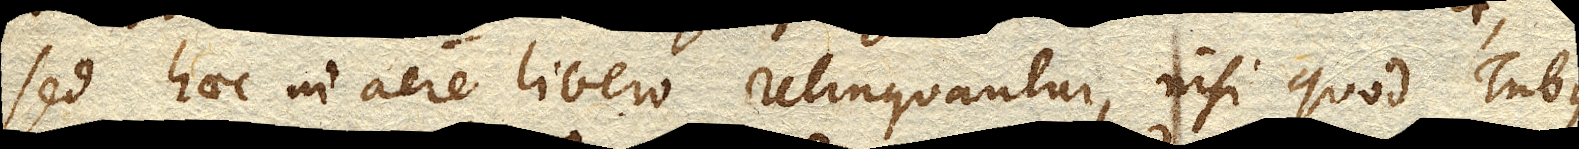
sed haec in aere libero relinquantur, nisi quod Tubus